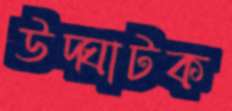
উদ্‌ঘাটক